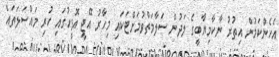
އެހެންކަމުން އިތުރު ނާކާމިޔާބީގެ ލަދުން ސަލާމަތްވުމަށްޓަކައި މިހާރު އޭޖީ އޮފީހުގައި ހުރި މައްސަލަތައް